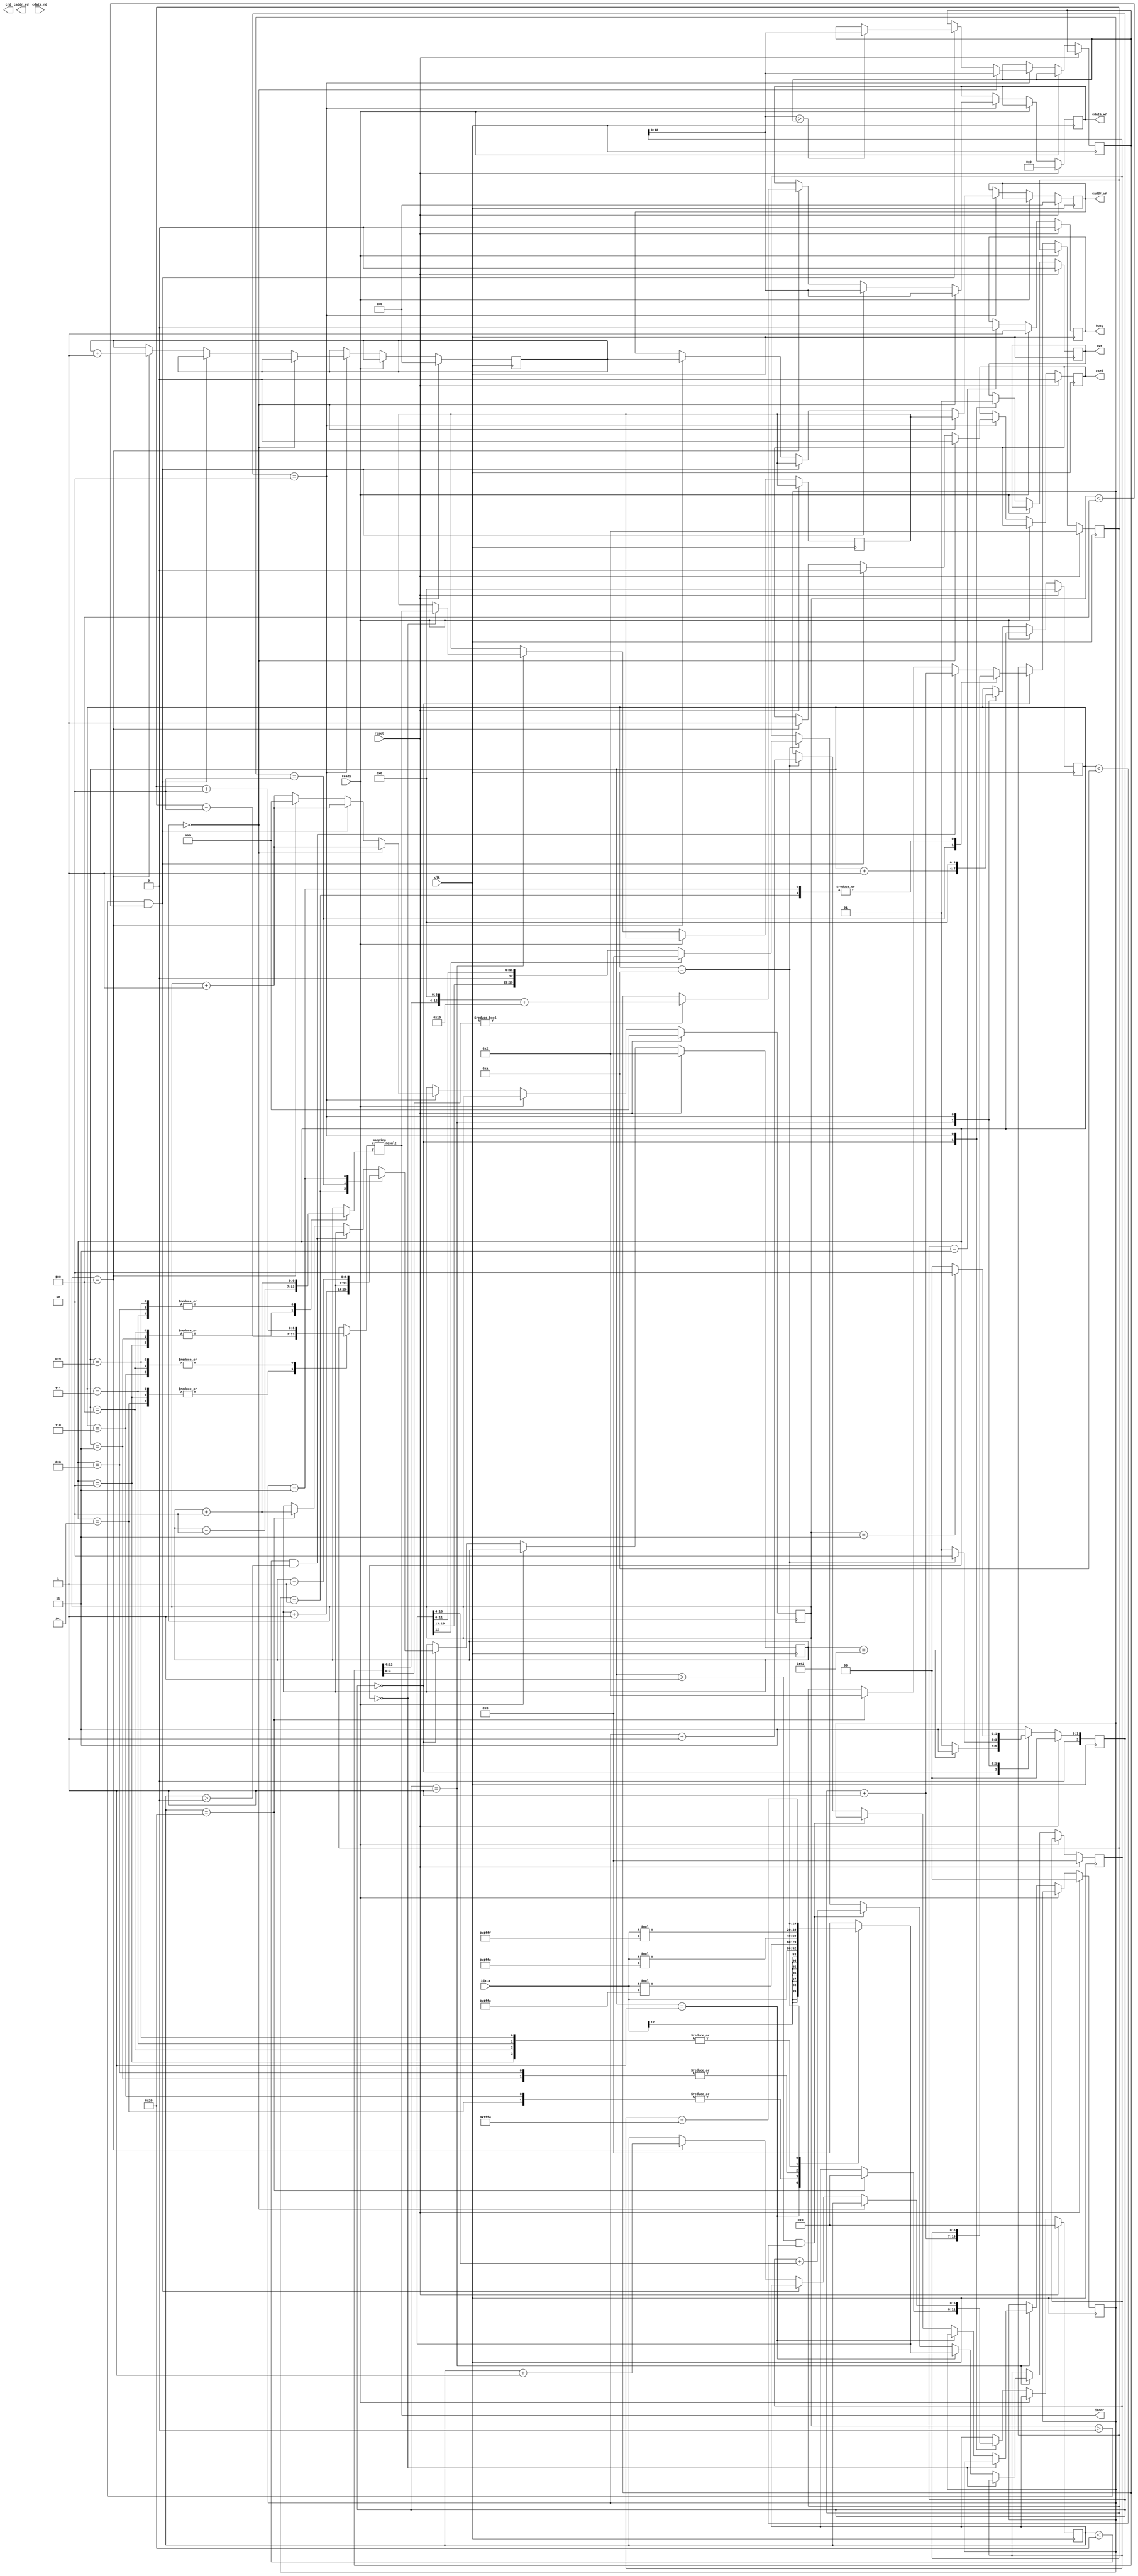
`timescale 1ns/10ps
module  ATCONV(
	input		clk,
	input		reset,
	output	reg	busy,	
	input		ready,	
			
	output reg	[11:0]	iaddr,
	input signed [12:0]	idata,
	
	output	reg 	cwr,
	output  reg	[11:0]	caddr_wr,
	output reg 	[12:0] 	cdata_wr,
	
	output	reg 	crd,
	output reg	[11:0] 	caddr_rd,
	input 	[12:0] 	cdata_rd,
	
	output reg 	csel
	);

//=================================================
//            write your design below
//=================================================

localparam idle = 2'd0;
localparam atconv = 2'd1;
localparam  write_data= 2'd2;
localparam  finish = 2'd3 ;

parameter  signed k1 = 13'h1FFF;
parameter  signed k2 = 13'h1FFE;
parameter  signed k3 = 13'h1FFF;
parameter  signed k4 = 13'h1FFC;
parameter  signed k6 = 13'h1FFC;
parameter  signed k7 = 13'h1FFF;
parameter  signed k8 = 13'h1FFE;
parameter  signed k9 = 13'h1FFF;
parameter  signed bias = 13'h1FF4;

reg [2:0] state, nextstate;
reg [3:0] count;
reg [11:0] write_addr, layer1_addr;
reg signed [19:0] temp ,tmp;
reg signed [12:0] previous_max, max_pooling;
reg [6:0] X, Y, ori_X, ori_Y, new_X, new_Y;
reg [1:0] small_iteration;
reg [2:0] write_count;
reg [5:0] big_iteration;

wire [11:0] addr;
mapping map(addr, X, Y);

always @(*) begin
	iaddr = addr;
end

always @(*) begin  //conv
	case (count)
		4'd1: begin          //
			tmp = idata;
		end
		4'd2: begin		    //	
			tmp = idata*k1;
		end
		4'd3:begin          //
			tmp = idata*k2;
		end
		4'd4: begin         //
			tmp = idata*k3;
		end
		4'd5: begin         //
			tmp = idata*k4;
		end
		4'd6: begin         //
			tmp = idata*k6;
		end
		4'd7: begin        //
			tmp = idata*k7;
		end
		4'd8: begin        //
			tmp = idata*k8;
		end
		4'd9: begin       //  
			tmp = idata*k9;
		end
		4'd10:begin
			tmp = temp + bias;
		end
		default:  begin
			tmp = 0;
		end
	endcase
end

always @(*) begin  //conv9
	case (count)
		4'd1: begin          //
			X = ori_X;
			Y = ori_Y;
		end
		4'd2: begin		    //	
			X = ori_X - 2;
			Y = ori_Y - 2;
		end
		4'd3:begin          //
			X = ori_X;
			Y = ori_Y - 2;
		end
		4'd4: begin         //
			X = ori_X + 2;
			Y = ori_Y - 2;
		end
		4'd5: begin         //
			X = ori_X - 2;
			Y = ori_Y;
		end
		4'd6: begin         //
			X = ori_X + 2;
			Y = ori_Y;
		end
		4'd7: begin        //
			X = ori_X - 2;
			Y = ori_Y + 2;
		end
		4'd8: begin        //
			X = ori_X;
			Y = ori_Y + 2;
		end
		4'd9: begin       //  
			X = ori_X + 2;
			Y = ori_Y + 2;
		end
		default:begin
			X = ori_X;
			Y = ori_Y;
		end
	endcase
end

always @(*) begin  //
	case (small_iteration)
		2'd1:begin
			new_X = ori_X;
			new_Y = ori_Y + 1;
		end
		2'd2:begin
			new_X = ori_X + 1;
			new_Y = ori_Y;
		end
		2'd3:begin
			new_X = ori_X;
			new_Y = ori_Y - 1;
		end	 
		default:begin
			if(big_iteration < 32 && big_iteration > 0)begin
				new_X = ori_X + 1;
				new_Y = ori_Y;
			end
			else if(big_iteration == 32)begin
				new_X = 2;
				new_Y = ori_Y + 2;
			end
			else begin
				new_X = ori_X;
				new_Y = ori_Y;
			end
		end 
	endcase
end

always @(*) begin  //round up
	if(previous_max[3:0] != 0) begin
		max_pooling = {previous_max[12:4], 4'b0} + 13'b0000000010000;
	end
	else begin
		max_pooling = previous_max;
	end
end


always @(posedge clk) begin
	if(reset) begin
		state <= idle;
	end
	else begin
		state <= nextstate;
	end
end

always @(*) begin
	case (state)
		idle:begin
			if(ori_Y == 66) nextstate = finish;
			else nextstate = atconv;
		end
		atconv:begin
			if(count == 10) nextstate = write_data;
			else nextstate = atconv;
		end
		write_data:begin
			if(write_count == 3) nextstate = write_data;
			else nextstate = idle;
		end
		default:begin
			nextstate = finish;
		end 
	endcase
end

always @(posedge clk) begin
	if(reset) begin
		busy <= 0;
		ori_X <= 2;
		ori_Y <= 2;
		count <= 0;
		temp <= 0;
		small_iteration <= 0;
		big_iteration <= 0;
		write_count <= 0;
		layer1_addr <= 0;
		cwr <= 0;
		caddr_wr <= 0;
		cdata_wr <= 0;
		csel <= 0;
	end
	else if(ready) begin
		busy <= 1'b1;
	end
	else begin
		case (state)
			idle:begin
				cwr <= 0;
				ori_X <= new_X;
				ori_Y <= new_Y;
				if(big_iteration == 32) big_iteration <= 0;
				else big_iteration <= big_iteration;
			end
			atconv:begin
				count <= count + 1;
				if(count == 0)begin
					write_addr <= addr;
				end 
				else if(count == 1) temp <= tmp;
				else if(count > 1 && count < 10) temp <= temp + tmp[16:4];  //{tmp[16:8],tmp[7:4]}
				else if(count == 10)begin
					small_iteration <= small_iteration + 1;
					if(tmp[12] == 1) begin
						temp <= 0;
					end
					else begin
						temp <= tmp;
					end
				end
			end 
			write_data:begin
				write_count <= write_count + 1;
				cwr <= 1;
				count <= 0;
				if(write_count == 0) begin
					csel <= 0;
					caddr_wr <= write_addr;
					cdata_wr <= temp[12:0];
					previous_max <= temp[12:0];
				end
				else if(write_count > 0 && write_count < 4)begin
					csel <= 0;
					caddr_wr <= write_addr;
					cdata_wr <= temp;

					if(temp[12:0] > previous_max) begin
						previous_max <= temp[12:0];
					end
					else begin
						previous_max <= previous_max;
					end
				end
				else if(write_count == 4)begin   //write data to layer1 (after max-pooling)
					csel <= 1;
					caddr_wr <= layer1_addr;
					layer1_addr <= layer1_addr + 1;
					write_count <= 0;
					big_iteration <= big_iteration + 1;
					cdata_wr <= max_pooling;
				end
			end
			finish:begin
				busy <= 0;
			end 
		endcase
	end
end

endmodule

module mapping (result, x, y);

input [6:0] x;
input [6:0] y;
output reg [11:0] result;

reg [1:0] sel1, sel2;

always @(*) begin
	if(x < 3) begin
		sel1 = 2'b0;
	end
	else if((3 <= x) && (x < 65)) begin
		sel1 = 2'b01;
	end
	else begin
		sel1 = 2'b10; 
	end
end

always @(*) begin
	if(y < 3) begin
		sel2 = 2'b0;
	end
	else if((3 <= y) && (y < 65)) begin
		sel2 = 2'b01;
	end
	else begin
		sel2 = 2'b10; 
	end
end

always @(*) begin
	case ({sel1, sel2})
		4'b0000: begin
			result = 0;
		end
		4'b0001: begin
			result = 64*(y-2);
		end
		4'b0010: begin
			result = 4032;
		end
		4'b0100: begin
			result = x-2;
		end
		4'b0101: begin
			result = x-2+64*(y-2);
		end
		4'b0110: begin
			result = x-2+4032;
		end
		4'b1000: begin
			result = 63;
		end
		4'b1001: begin
			result = 63+64*(y-2);
		end
		default: begin
			result = 4095;
		end
	endcase
end

endmodule